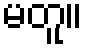
မတူ။